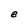
Character: e